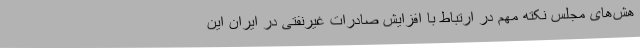
هش‌های مجلس نکته مهم در ارتباط با افزایش صادرات غیرنفتی در ایران این